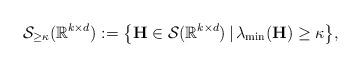
LaTeX: \begin{align*}\mathcal{S}_{\geq \kappa}(\mathbb{R}^{k \times d}) :=\big\{\mathbf{H} \in \mathcal{S}(\mathbb{R}^{k \times d}) \,|\,\lambda_{\min}(\mathbf{H}) \geq \kappa\big\}, \end{align*}